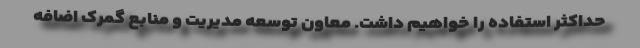
حداکثر استفاده را خواهیم داشت. معاون توسعه مدیریت و منابع گمرک اضافه